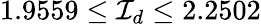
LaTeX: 1.9559\leq{\cal I}_{d}\leq 2.2502